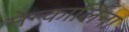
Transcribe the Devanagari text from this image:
मेन्कार्लिना